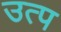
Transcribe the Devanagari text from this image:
उत्प